Leaving Certificate Examination, 1910
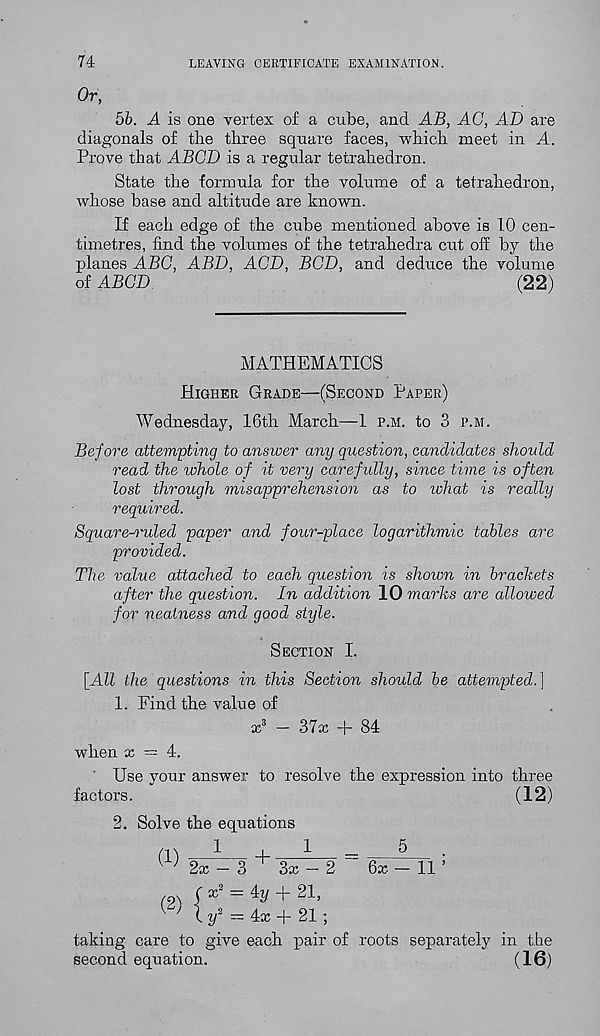
74
LEAVING CERTIFICATE EXAMINATION.
Or,
5b. A is one vertex of a cube, and AB, AG, AD are
diagonals of the three square faces, which meet in A.
Prove that ABCD is a regular tetrahedron.
State the formula for the volume of a tetrahedron,
whose base and altitude are known.
If each edge of the cube mentioned above is 10 cen-
timetres, find the volumes of the tetrahedra cut off by the
planes ABC, ABB, AGD, BCD, and deduce the volume
of ABGD
(22)
MATHEMATICS
Higher Grade—(Second Paper)
Wednesday, 16th March—1 p.m. to 3 p.m.
Before attempting to answer any question, candidates should
read the whole of it very carefully, since time is often
lost through misapprehension as to what is really
required.
Square-ruled paper and four-place logarithmic tables are
provided.
The value attached to each question is shown in brackets
after the question. In addition 10 marks are allowed
for neatness and good style.
Section I.
[All the questions in this Section should be attempted.}
1. Find the value of
x 3 - 37x + 84
when x = 4.
Use your answer to resolve the expression into three
factors.
(12)
2. Solve the equations
(1)
1
4-
I
=
5
.
w 2x - 3 ^ 3x - 2
6x - 11 ’
(9\ (
+ 21,
{ I/ 2 = 4x + 21 ;
taking care to give each pair of roots separately in the
second equation.
(16)